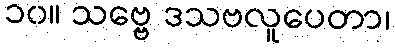
၁၀။ သဗ္ဗေ ဒသဗလူပေတာ၊